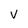
Character: v